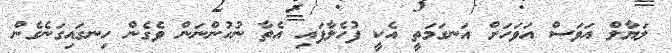
ލަޔާލް އަވަސް އަވަހަށް އަނގަމަތީ އެކީ ފުހެލާފައި އެތާ ނުހުންނަން ވެގެން ހިނގައިގަނެގެން